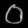
Digit: ၀